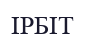
ІРБІТ